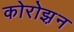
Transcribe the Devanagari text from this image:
कोरोझ़न